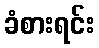
ခံစားရင်း